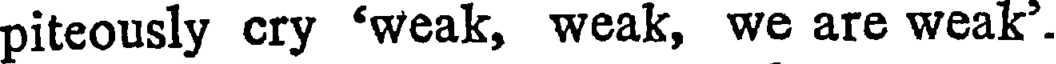
piteously cry 'weak, weak, we are weak'.